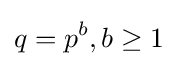
q=p^{b},b\geq 1